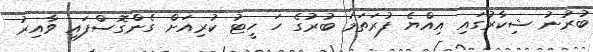
ބުރުނު ޝިކާރުގައި އިއްޔެ ފުރަތަމަ ބުރުގެ ހަ ހީޓު ކުރިއަށް ގެންގޮސްފައި ވާއިރު